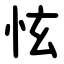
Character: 怰